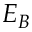
E _ { B }